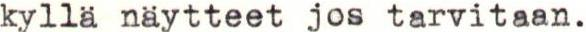
kyllä näytteet jos tarvitaan.